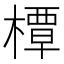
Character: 橝